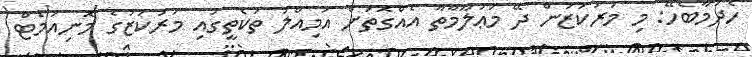
ހެދުމާބެހޭ: މި މަރުކަޒުުން ދޭ މަޢުލޫމާތާ އެއްގޮތަށް އަމިއްލަ ތަކެތީގައި މަރުކަޒުގެ މޮނިއުމެޓް